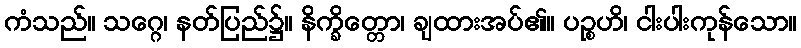
ကံသည်။ သဂ္ဂေ၊ နတ်ပြည်၌။ နိက္ခိတ္တော၊ ချထားအပ်၏။ ပဉ္စဟိ၊ ငါးပါးကုန်သော။